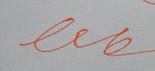
Signature authenticity: forged